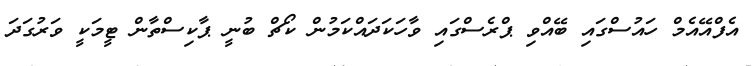
އެފްއޭއެމް ހައުސްގައި ބޭއްވި ޕްރެސްގައި ވާހަކަދައްކަމުން ކޯޗް ބުނީ ޕާކިސްތާން ޓީމަކީ ވަރުގަދަ